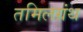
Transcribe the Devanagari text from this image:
तमिलग्रंथ